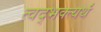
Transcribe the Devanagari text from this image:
त्वद्भक्त्यर्थं